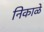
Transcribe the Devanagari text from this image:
निकाळे